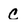
Character: c